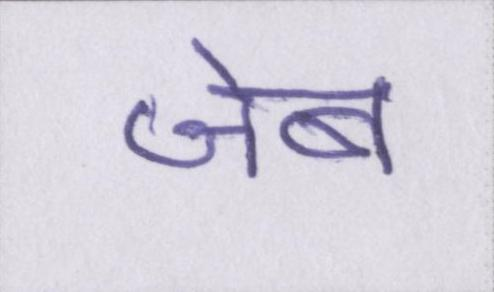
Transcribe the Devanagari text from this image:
जेब